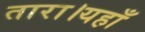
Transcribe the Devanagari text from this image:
तारा।यहाँ